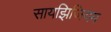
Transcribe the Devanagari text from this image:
सायझिजियम